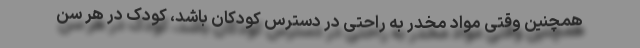
همچنین وقتی مواد مخدر به راحتی در دسترس کودکان باشد، کودک در هر سن